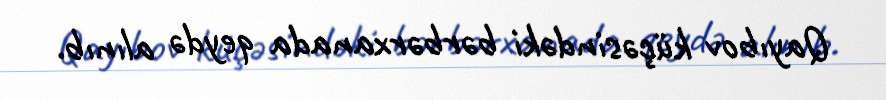
Qayıbov küçəsindəki bərbərxanada qeydə alınıb.